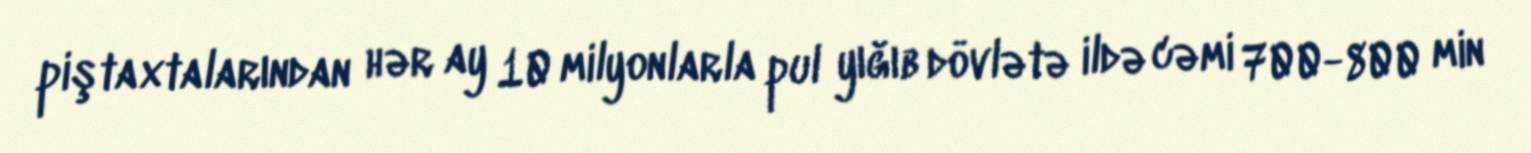
piştaxtalarından hər ay 10 milyonlarla pul yığıb dövlətə ildə cəmi 700-800 min